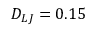
D _ { L J } = 0 . 1 5